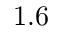
1 . 6